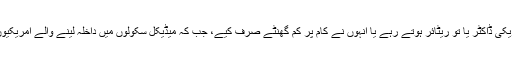
مگر پچھلے عشرے کے دوران امریکی ڈاکٹر یا تو ریٹائر ہوتے رہے یا انہوں نے کام پر کم گھنٹے صرف کیے، جب کہ میڈیکل سکولوں میں داخلہ لینے والے امریکیوں کی تعداد میں بھی کمی واقع ہوئی۔